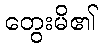
တွေးမိ၏